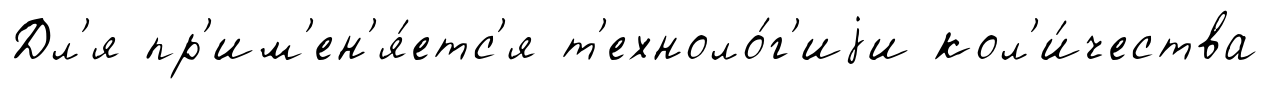
Дл'я пр'им'ен'я́етс'я т'ехноло́г'иjи кол'и́чества